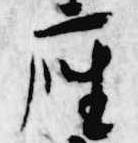
座